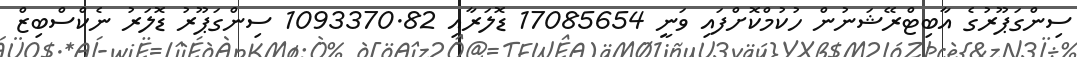
ސިންގަޕޫރުގެ އާބިޓްރޭޝަނުން ހުކުމްކޮށްފައި ވަނީ 17085654 ޑޮލަރާއި 1093370.82 ސިންގަޕޫރު ޑޮލަރު ނެކްސްބިޒް